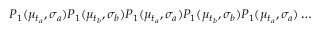
P _ { 1 } ( \mu _ { t _ { a } } , \sigma _ { a } ) P _ { 1 } ( \mu _ { t _ { b } } , \sigma _ { b } ) P _ { 1 } ( \mu _ { t _ { a } } , \sigma _ { a } ) P _ { 1 } ( \mu _ { t _ { b } } , \sigma _ { b } ) P _ { 1 } ( \mu _ { t _ { a } } , \sigma _ { a } ) \dots